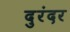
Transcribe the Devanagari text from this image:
दुरंदर